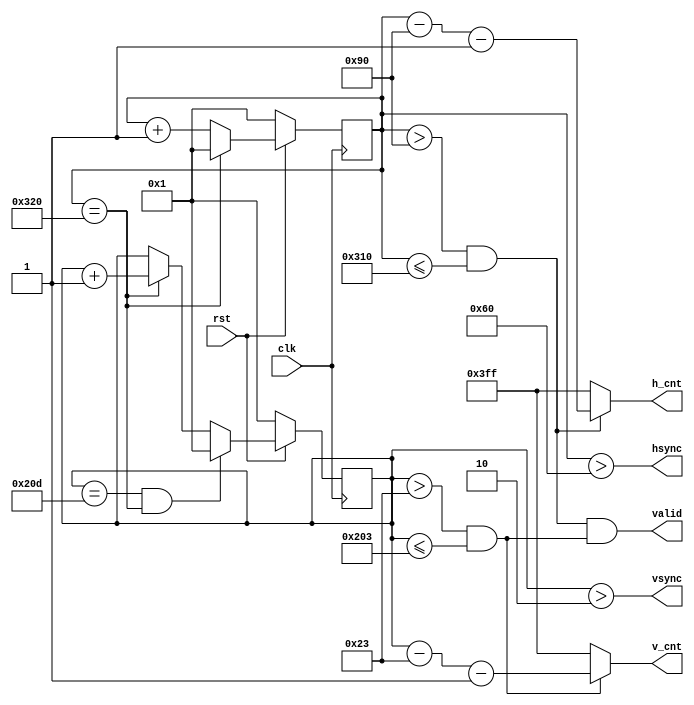
module VGADrive(
    input clk,   // 25Mhz clock
    input rst,
    output hsync,
    output vsync,
    output valid,
    output [9:0] h_cnt,
    output [9:0] v_cnt
);

    parameter kHFrontPorch = 96;
    parameter kHActive = 144;
    parameter kHBackPorch = 784;
    parameter kHTotal = 800;

    parameter kVFrontPorch = 2;
    parameter kVActive = 35;
    parameter kVBackPorch = 515;
    parameter kVTotal = 525;

    reg[9:0] x_cnt;
    reg[9:0] y_cnt;
    wire h_valid;
    wire v_valid;

    assign hsync = x_cnt > kHFrontPorch;
    assign vsync = y_cnt > kVFrontPorch;
    assign h_valid = (x_cnt > kHActive) && (x_cnt <= kHBackPorch);
    assign v_valid = (y_cnt > kVActive) && (y_cnt <= kVBackPorch);
    assign valid = h_valid && v_valid;
    assign h_cnt = h_valid ? x_cnt - kHActive - 1 : 10'hfff;
    assign v_cnt = v_valid ? y_cnt - kVActive - 1 : 10'hfff;

    always @(posedge clk) begin   // count h-scan
        if (!rst) begin
            x_cnt <= 1;
        end
        else if (x_cnt == kHTotal) begin
            x_cnt <= 1;
        end
        else begin
            x_cnt <= x_cnt + 1;
        end
    end

    always @(posedge clk) begin   // count v-scan
        if (!rst) begin
            y_cnt <= 1;
        end
        else if (y_cnt == kVTotal && x_cnt == kHTotal) begin
            y_cnt <= 1;
        end
        else if (x_cnt == kHTotal) begin
            y_cnt <= y_cnt + 1;
        end
    end

endmodule